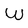
Character: W